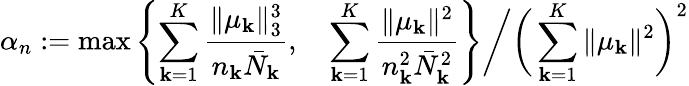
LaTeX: \alpha_{n}:=\operatorname*{max}\left\{ \sum_{\mathbf{k}=1}^{K}\frac{{\| \mu_{\mathbf{k}}\| _{3}^{3}}}{{n_{\mathbf{k}}\bar{{N}}_{\mathbf{k}}}},\quad\sum_{\mathbf{k}=1}^{K}\frac{{\| \mu_{\mathbf{k}}\| ^{2}}}{{n_{\mathbf{k}}^{2}\bar{{N}}_{\mathbf{k}}^{2}}}\right\} \bigg/\bigg(\sum_{\mathbf{k}=1}^{K}\| \mu_{\mathbf{k}}\| ^{2}\bigg)^{2}